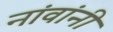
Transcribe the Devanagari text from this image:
नांवांनी